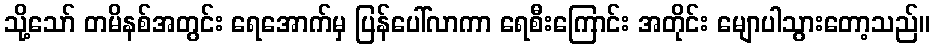
သို့သော် တမိနစ်အတွင်း ရေအောက်မှ ပြန်ပေါ်လာကာ ရေစီးကြောင်း အတိုင်း မျောပါသွားတော့သည်။